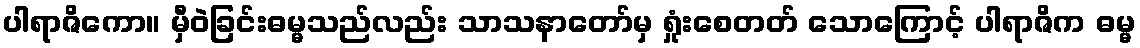
ပါရာဇိကော။ မှီဝဲခြင်းဓမ္မသည်လည်း သာသနာတော်မှ ရှုံးစေတတ် သောကြောင့် ပါရာဇိက ဓမ္မ